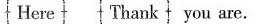
Here Thank you are.